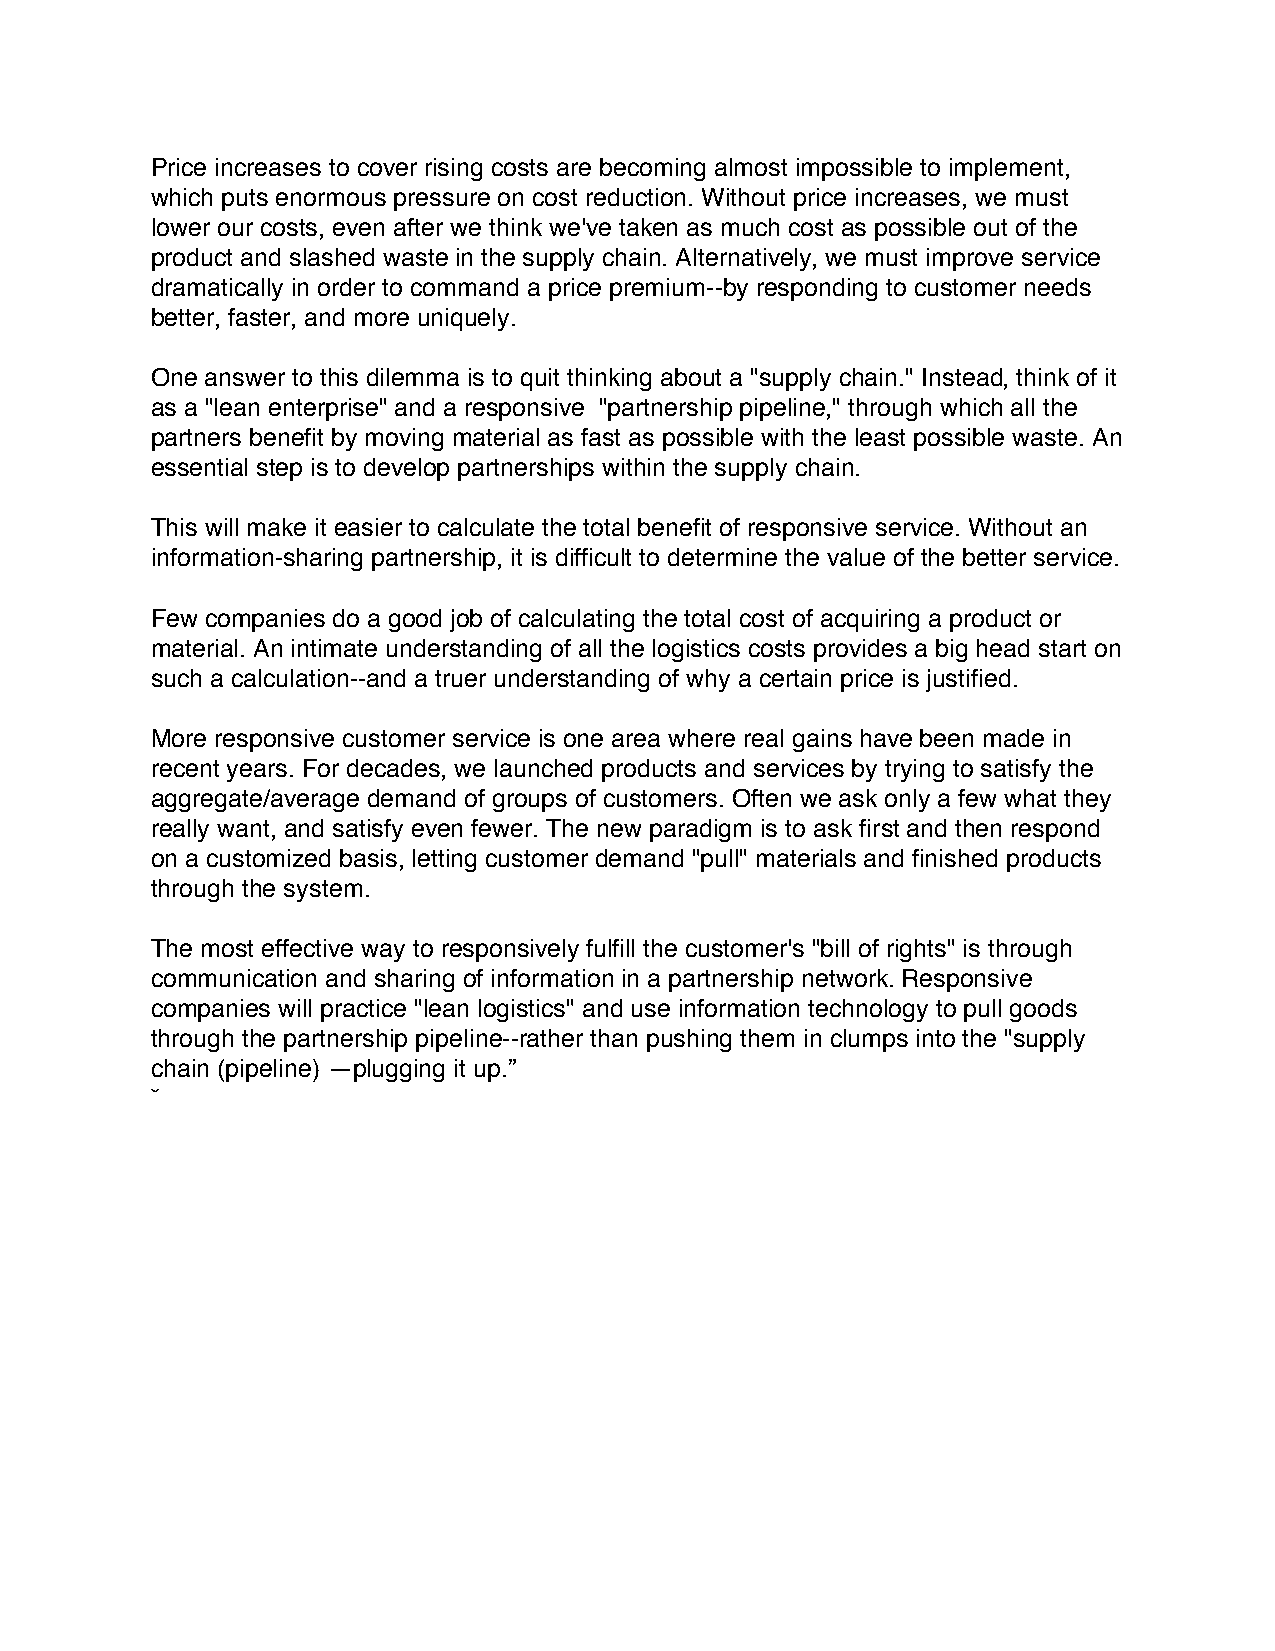
Price increases to cover rising costs are becoming almost impossible to implement,
 which puts enormous pressure on cost reduction. Without price increases, we must
 lower our costs, even after we think we've taken as much cost as possible out of the
 product and slashed waste in the supply chain. Alternatively, we must improve service
 dramatically in order to command a price premium--by responding to customer needs
 better, faster, and more uniquely.
 One answer to this dilemma is to quit thinking about a "supply chain." Instead, think of it
 as a "lean enterprise" and a responsive "partnership pipeline," through which all the
 partners benefit by moving material as fast as possible with the least possible waste. An
 essential step is to develop partnerships within the supply chain.
 This will make it easier to calculate the total benefit of responsive service. Without an
 information-sharing partnership, it is difficult to determine the value of the better service.
 Few companies do a good job of calculating the total cost of acquiring a product or
 material. An intimate understanding of all the logistics costs provides a big head start on
 such a calculation--and a truer understanding of why a certain price is justified.
 More responsive customer service is one area where real gains have been made in
 recent years. For decades, we launched products and services by trying to satisfy the
 aggregate/average demand of groups of customers. Often we ask only a few what they
 really want, and satisfy even fewer. The new paradigm is to ask first and then respond
 on a customized basis, letting customer demand "pull" materials and finished products
 through the system.
 The most effective way to responsively fulfill the customer's "bill of rights" is through
 communication and sharing of information in a partnership network. Responsive
 companies will practice "lean logistics" and use information technology to pull goods
 through the partnership pipeline--rather than pushing them in clumps into the "supply
 chain (pipeline) —plugging it up.”
 ˘